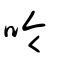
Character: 呤